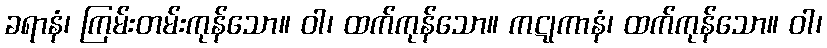
ခရာနံ၊ ကြမ်းတမ်းကုန်သော။ ဝါ၊ ထက်ကုန်သော။ ကဋုကာနံ၊ ထက်ကုန်သော။ ဝါ၊